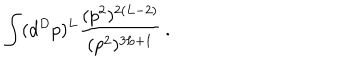
LaTeX: \int ( d ^ { D } p ) ^ { L } { \frac { ( p ^ { 2 } ) ^ { 2 ( L - 2 ) } } { ( p ^ { 2 } ) ^ { 3 L + 1 } } } \, .